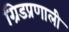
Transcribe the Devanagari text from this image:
ग्रिडप्रणाली